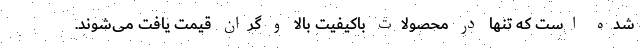
شده است که تنها در محصولات باکیفیت بالا و گران قیمت یافت می‌شوند.